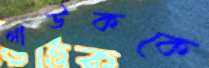
গাউককে